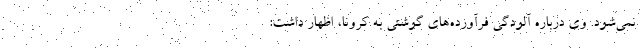
نمی‌شود. وی درباره آلودگی فرآورده‌های گوشتی به کرونا، اظهار داشت: